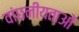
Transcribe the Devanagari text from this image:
वांछनीयताओं